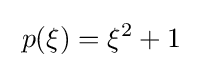
\;p(\xi )=\xi ^{2}+1\;